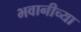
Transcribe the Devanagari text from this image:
भवानीच्या